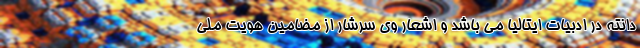
دانته در ادبیات ایتالیا می باشد و اشعار وی سرشار از مضامین هویت ملی